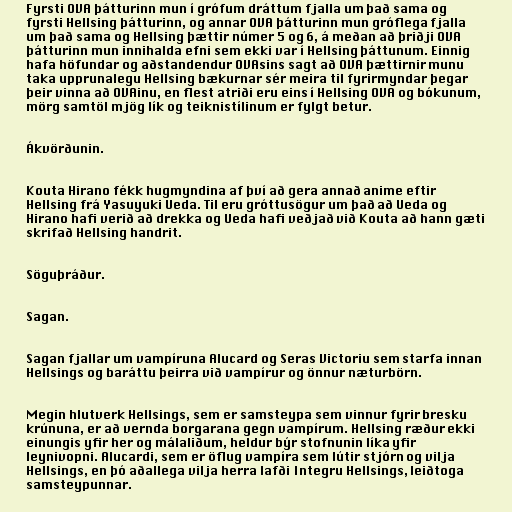
Fyrsti OVA þátturinn mun í grófum dráttum fjalla um það sama og
fyrsti Hellsing þátturinn, og annar OVA þátturinn mun gróflega fjalla
um það sama og Hellsing þættir númer 5 og 6, á meðan að þriðji OVA
þátturinn mun innihalda efni sem ekki var í Hellsing þáttunum. Einnig
hafa höfundar og aðstandendur OVAsins sagt að OVA þættirnir munu
taka upprunalegu Hellsing bækurnar sér meira til fyrirmyndar þegar
þeir vinna að OVAinu, en flest atriði eru eins í Hellsing OVA og bókunum,
mörg samtöl mjög lík og teiknistílinum er fylgt betur.

Ákvörðunin.

Kouta Hirano fékk hugmyndina af því að gera annað anime eftir
Hellsing frá Yasuyuki Ueda. Til eru gróttusögur um það að Ueda og
Hirano hafi verið að drekka og Ueda hafi veðjað við Kouta að hann gæti
skrifað Hellsing handrit.

Söguþráður.

Sagan.

Sagan fjallar um vampíruna Alucard og Seras Victoriu sem starfa innan
Hellsings og baráttu þeirra við vampírur og önnur næturbörn.

Megin hlutverk Hellsings, sem er samsteypa sem vinnur fyrir bresku
krúnuna, er að vernda borgarana gegn vampírum. Hellsing ræður ekki
einungis yfir her og málaliðum, heldur býr stofnunin líka yfir
leynivopni. Alucardi, sem er öflug vampíra sem lútir stjórn og vilja
Hellsings, en þó aðallega vilja herra lafði Integru Hellsings, leiðtoga
samsteypunnar.